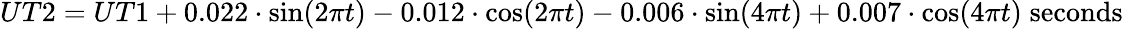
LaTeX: UT2=UT1+0.022\cdot\sin(2\pi t)-0.012\cdot\cos(2\pi t)-0.006\cdot\sin(4\pi t)+0.007\cdot\cos(4\pi t)\; {\mathrm{seconds}}